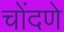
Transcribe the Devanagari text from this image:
चोंदणे